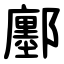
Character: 鄽